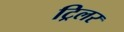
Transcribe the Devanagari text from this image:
ट्रिलर